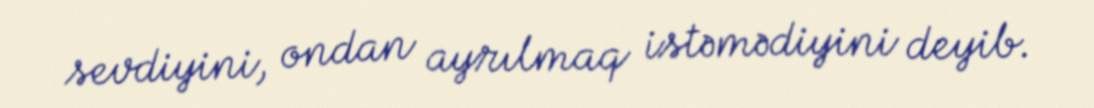
sevdiyini, ondan ayrılmaq istəmədiyini deyib.